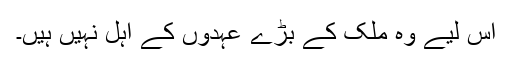
اس لیے وہ ملک کے بڑے عہدوں کے اہل نہیں ہیں۔